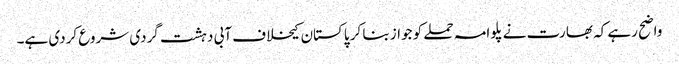
واضح رہے کہ بھارت نے پلوامہ حملے کو جواز بنا کر پاکستان کیخلاف آبی دہشت گردی شروع کردی ہے۔